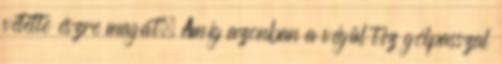
vétette észre magát. Amíg azonban a végül tíz gólpasszal